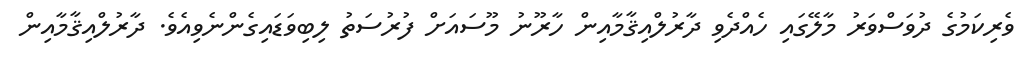
ވެރިކަމުގެ ދުވަސްވަރު މާލޭގައި ހެއްދެވި ދާރުލްއިޤާމާއިން ހާރޫނު މޫސައަށް ފުރުސަތު ލިބިވަޑައިގެންނެވިއެވެ. ދާރުލްއިޤާމާއިން